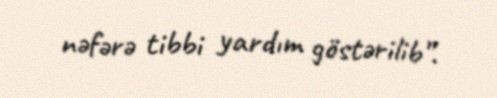
nəfərə tibbi yardım göstərilib”.